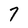
Character: 7